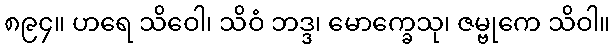
၈၉၄။ ဟရေ သိဝေါ၊ သိဝံ ဘဒ္ဒ၊ မောက္ခေသု၊ ဇမ္ဗုကေ သိဝါ။